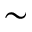
\sim